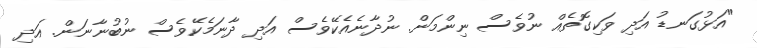
"އަޅުގަނޑު އަދި ވަކިގޮތެއް ނުވެސް ނިންމަން. ނުދާނެއެކޭވެސް އަދި ދާނަމެކޭވެސް ނުބުނާނަން. އަދި